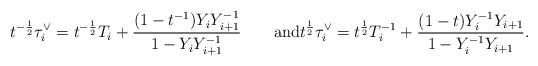
LaTeX: \begin{align*}t^{-\frac12}\tau^\vee_i = t^{-\frac12}T_i + \frac{(1-t^{-1})Y_iY^{-1}_{i+1}}{1-Y_iY^{-1}_{i+1}}\qquad\hbox{and}t^{\frac12}\tau^\vee_i = t^{\frac12}T^{-1}_i + \frac{(1-t)Y^{-1}_iY_{i+1}}{1-Y^{-1}_iY_{i+1}}.\end{align*}